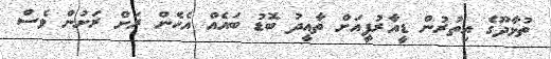
ތުޅާދޫގެ އިތުރުން ޑީއާރުޕީއަށް ތާއީދު ބޮޑު ބައެއް އެހެން ރަށް ރަށުން ވެސް